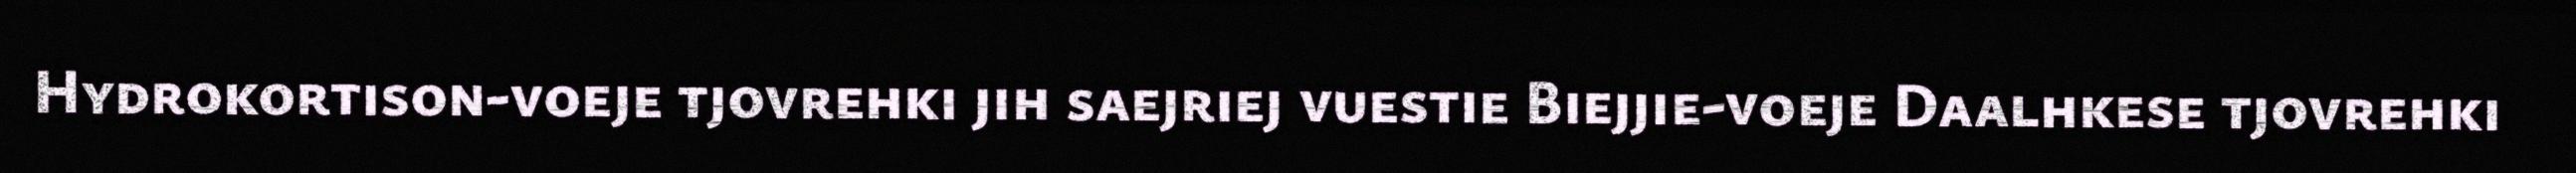
Hydrokortison-voeje tjovrehki jih saejriej vuestie Biejjie-voeje Daalhkese tjovrehki